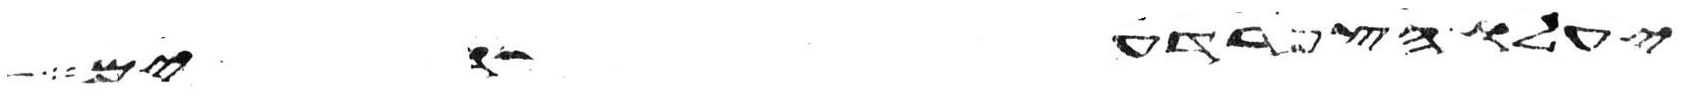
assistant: יעלו הצפרדעים